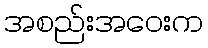
အစည်းအဝေးက